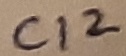
Text: C12